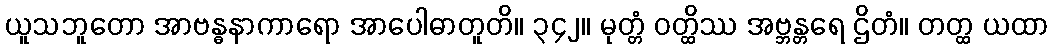
ယူသဘူတော အာဗန္ဓနာကာရော အာပေါဓာတူတိ။ ၃၄၂။ မုတ္တံ ဝတ္ထိဿ အဗ္ဘန္တရေ ဌိတံ။ တတ္ထ ယထာ